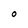
Character: O